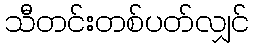
သီတင်းတစ်ပတ်လျှင်